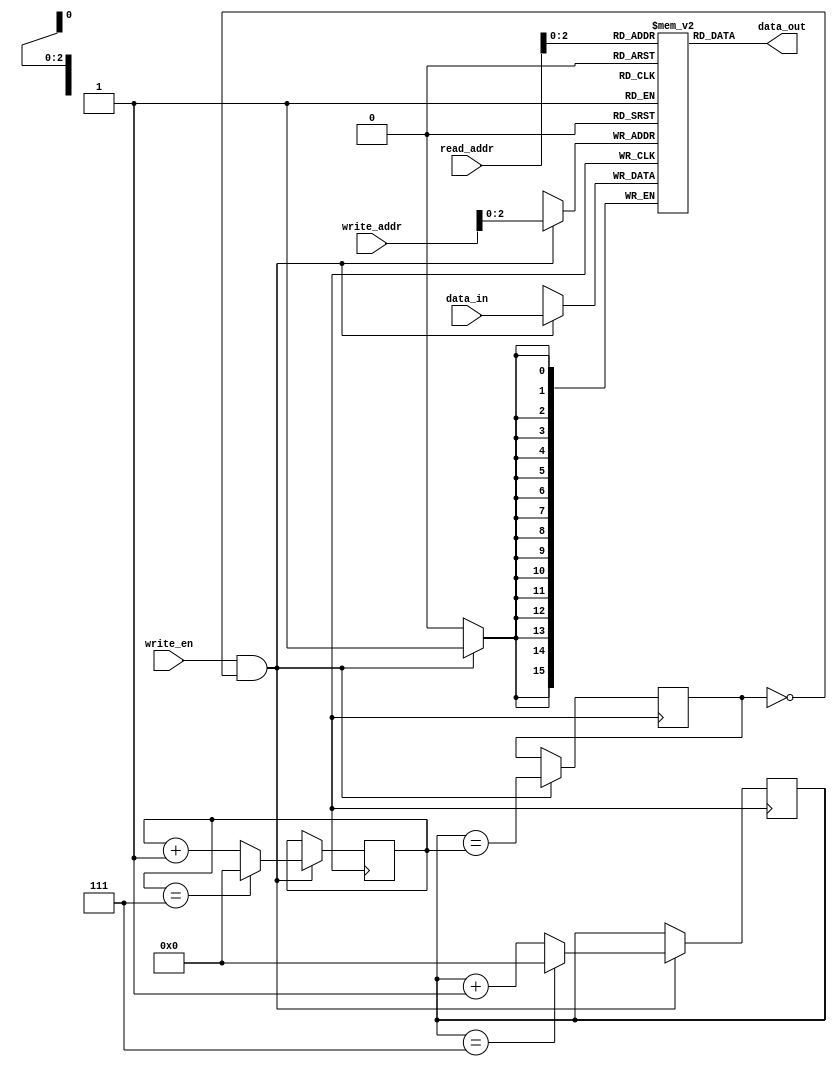
module Circular_Register_File #(parameter NUM_BLOCKS = 8, 
                                   parameter DATA_WIDTH = 16)(
                                   input wire [3:0] read_addr,
                                   input wire [3:0] write_addr,
                                   input wire write_en,
                                   input wire [DATA_WIDTH-1:0] data_in,
                                   output reg [DATA_WIDTH-1:0] data_out
);

reg [DATA_WIDTH-1:0] memory [0:NUM_BLOCKS-1];
reg [3:0] head = 0;
reg [3:0] tail = 0;
reg full = 0;

always @(posedge clk) begin
    if (write_en && !full) begin
        memory[write_addr] <= data_in;
        head <= (head == NUM_BLOCKS-1) ? 0 : head + 1;
        tail <= (tail == NUM_BLOCKS-1) ? 0 : tail + 1;
        full <= (head == tail);
    end
end

always @(read_addr) begin
    data_out <= memory[read_addr];
end

endmodule